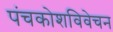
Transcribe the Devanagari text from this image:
पंचकोशविवेचन